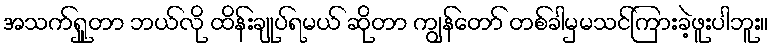
အသက်ရှူတာ ဘယ်လို ထိန်းချုပ်ရမယ် ဆိုတာ ကျွန်တော် တစ်ခါမှမသင်ကြားခဲ့ဖူးပါဘူး။